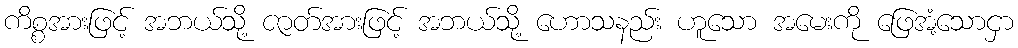
ကိစ္စအားဖြင့် အဘယ်သို့ ဇာတ်အားဖြင့် အဘယ်သို့ ဟောသနည်း ဟူသော အမေးကို ဖြေအံ့သောငှာ